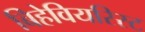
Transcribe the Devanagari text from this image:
बिहेवियरिस्ट